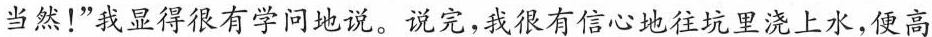
当然！” 我显得很有学问地说。 说完，我很有信心地往坑里浇上水，便高